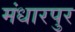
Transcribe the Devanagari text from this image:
मंधारपुर